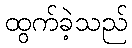
ထွက်ခဲ့သည်